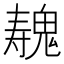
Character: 𱆛